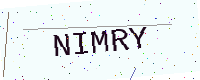
Text: NIMRY